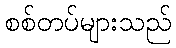
စစ်တပ်များသည်